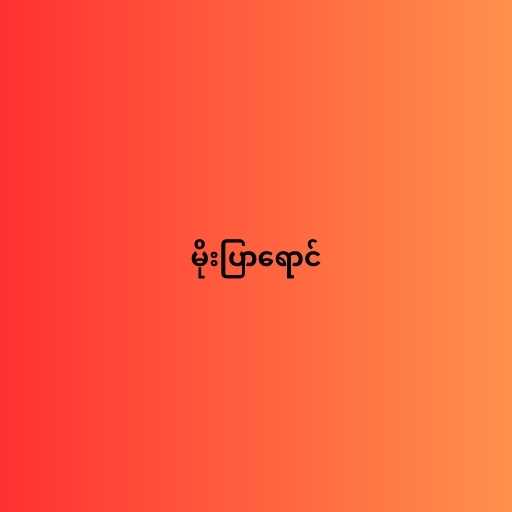
မိုးပြာရောင်